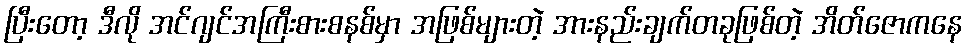
ပြီးတော့ ဒီလို အင်ဂျင်အကြီးစားစနစ်မှာ အဖြစ်များတဲ့ အားနည်းချက်တခုဖြစ်တဲ့ အိတ်ဇောကနေ